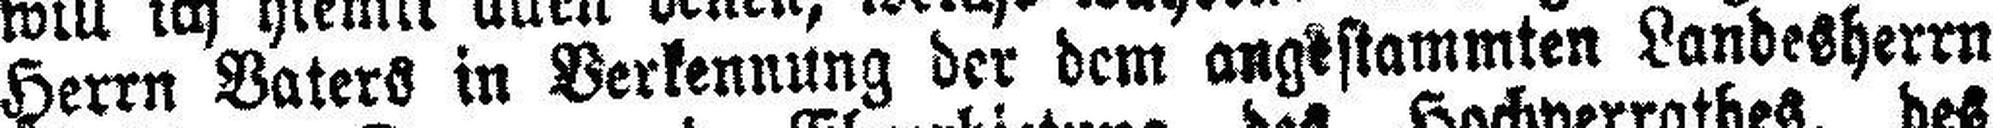
Herrn Vaters in Verkennung der dem angestammten Landesherrn